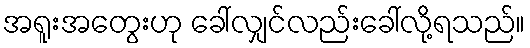
အရူးအတွေးဟု ခေါ်လျှင်လည်းခေါ်လို့ရသည်။